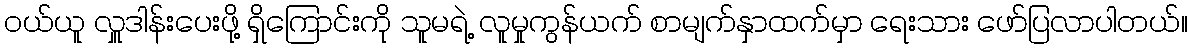
ဝယ်ယူ လှူဒါန်းပေးဖို့ ရှိကြောင်းကို သူမရဲ့ လူမှုကွန်ယက် စာမျက်နှာထက်မှာ ရေးသား ဖော်ပြလာပါတယ်။